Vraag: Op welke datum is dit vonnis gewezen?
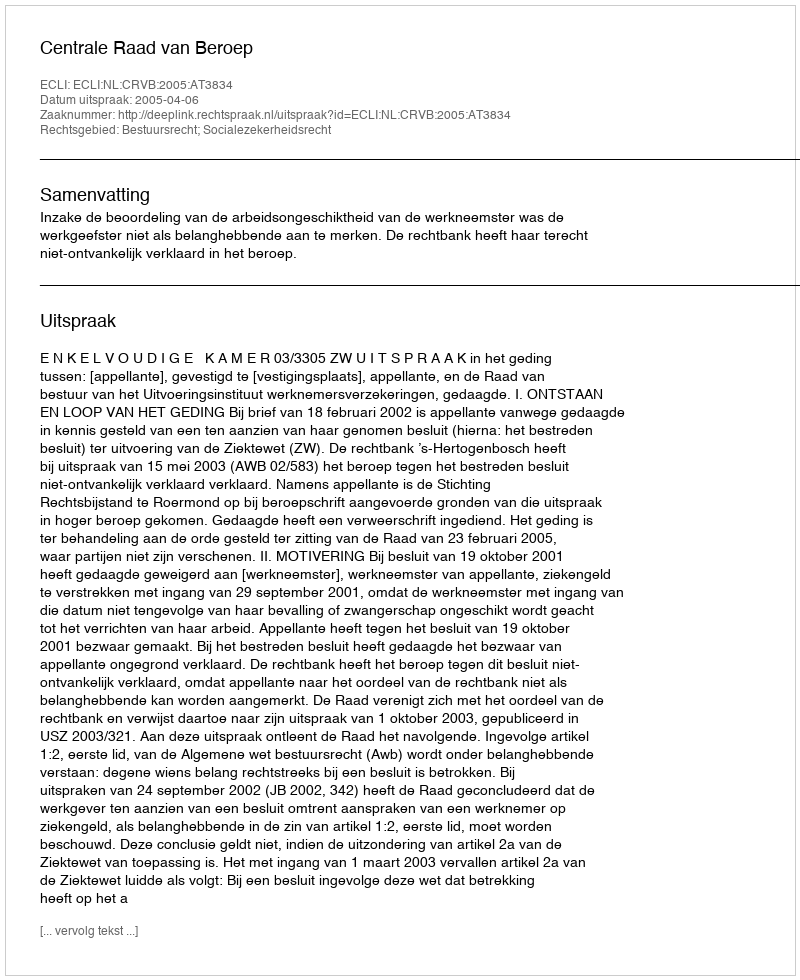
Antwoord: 2005-04-06